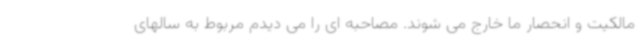
مالکیت و انحصار ما خارج می شوند. مصاحبه ای را می دیدم مربوط به سالهای